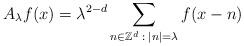
LaTeX: \begin{align*}A _{\lambda } f (x) = \lambda ^{2-d} \sum_{n \in \mathbb Z ^{d} \;:\; \lvert n\rvert = \lambda } f (x-n) \end{align*}